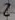
Text: 2